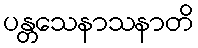
ပန္တသေနာသနာတိ